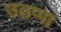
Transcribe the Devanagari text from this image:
उतप्पा